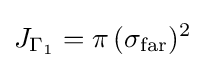
J_{\Gamma _{1}}=\pi \,(\sigma _{\text{far}})^{2}